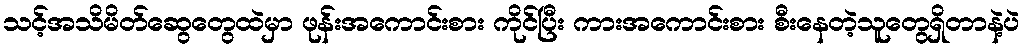
သင့်အသိမိတ်ဆွေတွေထဲမှာ ဖုန်းအကောင်းစား ကိုင်ပြီး ကားအကောင်းစား စီးနေတဲ့သူတွေရှိတာနဲ့ပဲ